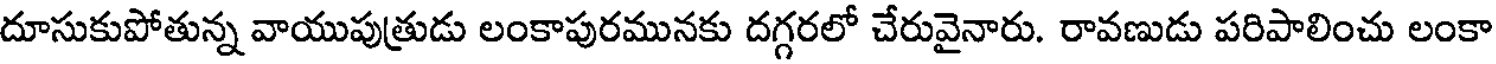
దూసుకుపోతున్న వాయుపుత్రుడు లంకాపురమునకు దగ్గరలో చేరువైనారు. రావణుడు పరిపాలించు లంకా